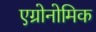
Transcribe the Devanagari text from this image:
एग्रोनोमिक